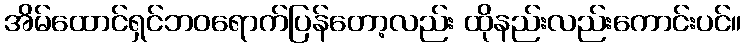
အိမ်ထောင်ရှင်ဘဝရောက်ပြန်တော့လည်း ထိုနည်းလည်းကောင်းပင်။